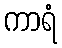
ကာရံ